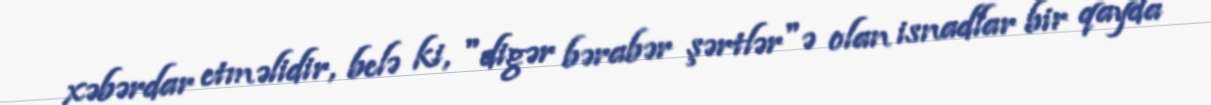
xəbərdar etməlidir, belə ki, "digər bərabər şərtlər"ə olan isnadlar bir qayda